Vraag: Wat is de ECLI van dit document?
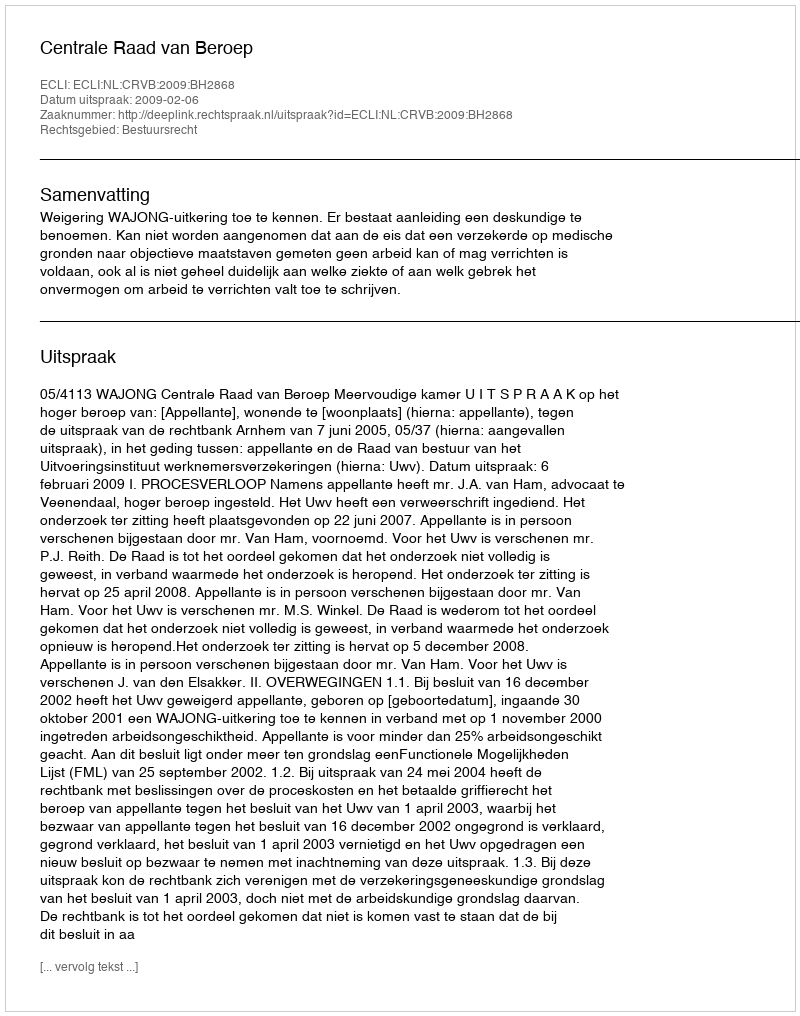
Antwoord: ECLI:NL:CRVB:2009:BH2868